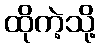
ထိုကဲ့သို့